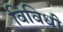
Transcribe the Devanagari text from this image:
विविधी